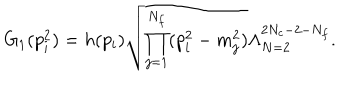
G _ { 1 } ( p _ { i } ^ { 2 } ) = h ( p _ { i } ) \sqrt { \prod _ { j = 1 } ^ { N _ { f } } ( p _ { i } ^ { 2 } - m _ { j } ^ { 2 } ) } \Lambda _ { N = 2 } ^ { 2 N _ { c } - 2 - N _ { f } } .